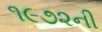
૧૯૭૨ની